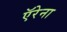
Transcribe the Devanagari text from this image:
ऍरेना